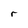
Character: r